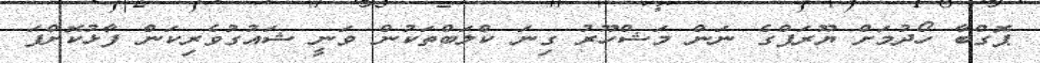
ޕޮގްބާ ހޯދުމަށް ޔޫރަޕްގެ ނަން މަޝްހޫރު ގިނަ ކްލަބްތަކުން ވަނީ ޝައުގުވެރިކަން ފާޅުކޮށްފަ